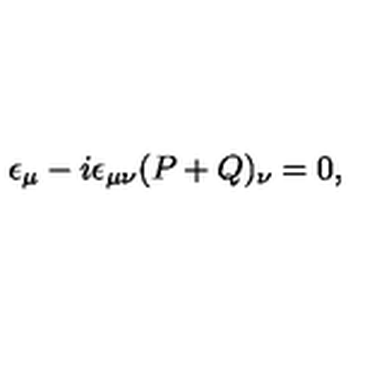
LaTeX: \epsilon _ { \mu } - i \epsilon _ { \mu \nu } ( P + Q ) _ { \nu } = 0 ,